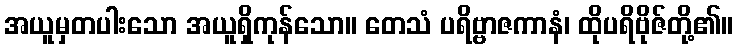
အယူမှတပါးသော အယူရှိကုန်သော။ တေသံ ပရိဗ္ဗာဇကာနံ၊ ထိုပရိဗိုဇ်တို့၏။